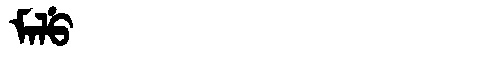
Manchu: ᠮᠠᠯᡠ
Romanization: MALU